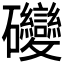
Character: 𥘂